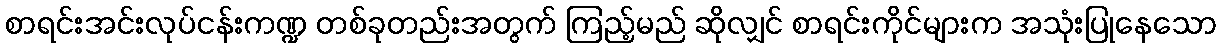
စာရင်းအင်းလုပ်ငန်းကဏ္ဍ တစ်ခုတည်းအတွက် ကြည့်မည် ဆိုလျှင် စာရင်းကိုင်များက အသုံးပြုနေသော